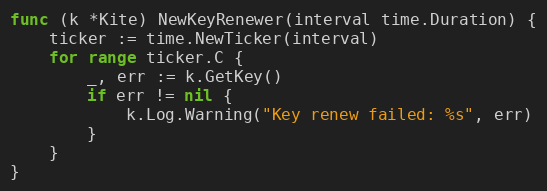
Language: Go
func (k *Kite) NewKeyRenewer(interval time.Duration) {
	ticker := time.NewTicker(interval)
	for range ticker.C {
		_, err := k.GetKey()
		if err != nil {
			k.Log.Warning("Key renew failed: %s", err)
		}
	}
}